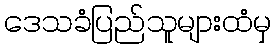
ဒေသခံပြည်သူများထံမှ